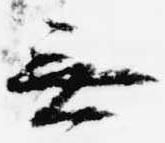
無